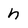
Character: h